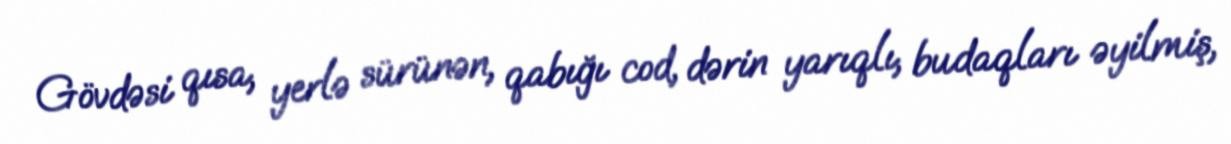
Gövdəsi qısa, yerlə sürünən, qabığı cod, dərin yarıqlı, budaqları əyilmiş,